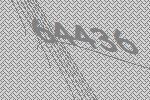
64436